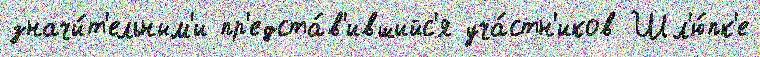
значи́т'ельным'и пр'едста́в'ившийс'я уча́стн'иков Шл'ю́пк'е